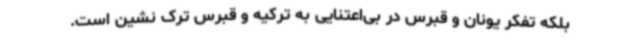
بلکه تفکر یونان و قبرس در بی‌اعتنایی به ترکیه و قبرس ترک نشین است.